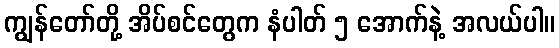
ကျွန်တော်တို့ အိပ်စင်တွေက နံပါတ် ၅ အောက်နဲ့ အလယ်ပါ။